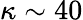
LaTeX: \kappa\sim 40